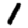
Digit: 1